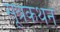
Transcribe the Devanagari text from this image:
सूत्रकथन